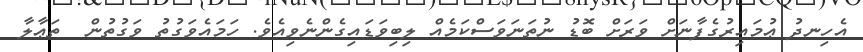
އެހިނދު ޢުމައިރުގެފާނަށް ވަރަށް ބޮޑު ނުތަނަވަސްކަމެއް ލިބިވަޑައިގެންނެވިއެވެ. ހަމައެވަގުތު ވަގުތުން  ތަޢާލާ